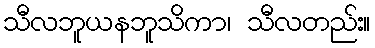
သီလဘူယနဘူသိကာ၊ သီလတည်း။